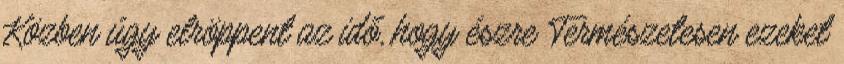
Közben úgy elröppent az idő, hogy észre Természetesen ezeket